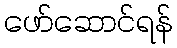
ဖော်ဆောင်ရန်